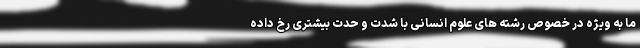
ما به ویژه در خصوص رشته های علوم انسانی با شدت و حدت بیشتری رخ داده